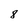
Character: 8